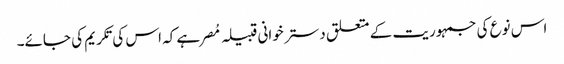
اس نوع کی جمہوریت کے متعلق دستر خوانی قبیلہ مُصر ہے کہ اس کی تکریم کی جائے۔